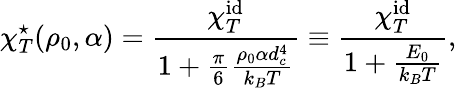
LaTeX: \chi_{T}^{\star}(\rho_{0},\alpha)=\frac{\chi_{T}^{\mathrm{id}}}{1+\frac{\pi}{6}\frac{\rho_{0}\alpha d_{c}^{4}}{k_{B}T}}\equiv\frac{\chi_{T}^{\mathrm{id}}}{1+\frac{E_{0}}{k_{B}T}},